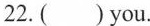
22. ( ) you.